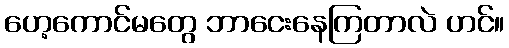
ဟေ့ကောင်မတွေ ဘာငေးနေကြတာလဲ ဟင်။